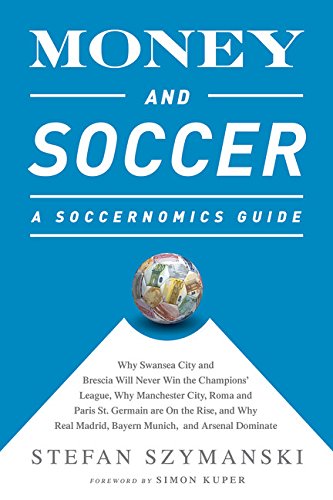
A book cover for Money and Soccer: A Soccernomics Guide: Why Chievo Verona, Unterhaching, and Scunthorpe United Will Never Win the Champions League, Why Manchester ... and Manchester United Cannot Be Stopped; Stefan Szymanski; Business & Money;